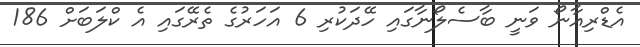
އެޑްރިއާނޯ ވަނީ ބާސެލޯނާގައި ހޭދަކުރި 6 އަހަރުގެ ތެރޭގައި އެ ކްލަބަށް 186